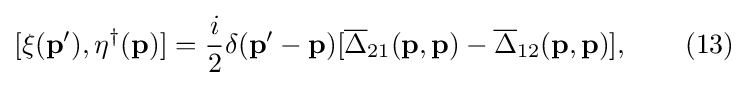
[\xi (\mathbf {p} ^{\prime }),\eta ^{\dagger }(\mathbf {p} )]={i \over 2}\delta (\mathbf {p} ^{\prime }-\mathbf {p} )[{\overline {\Delta }}_{21}(\mathbf {p} ,\mathbf {p} )-{\overline {\Delta }}_{12}(\mathbf {p} ,\mathbf {p} )],\quad \quad (13)